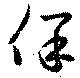
保